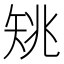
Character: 𥎺